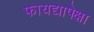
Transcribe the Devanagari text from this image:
फायद्यापेक्षा